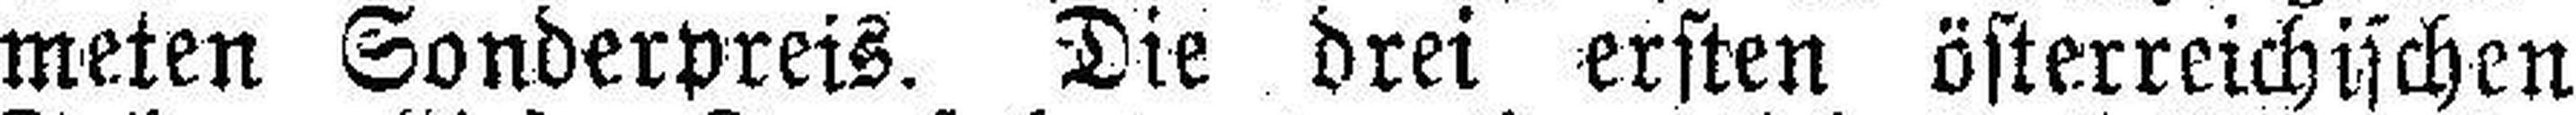
meten Sonderpreis. Die drei ersten österreichischen